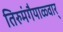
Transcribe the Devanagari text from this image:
तिरुमंगैयाळ्वार्